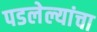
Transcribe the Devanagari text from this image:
पडलेल्यांचा